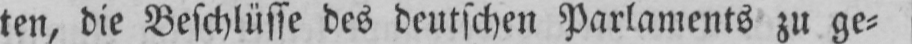
ten, die Beschlüsse des deutschen Parlaments zu ge⸗